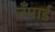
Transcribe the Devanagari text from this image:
लँपार्ड